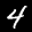
Label: 4